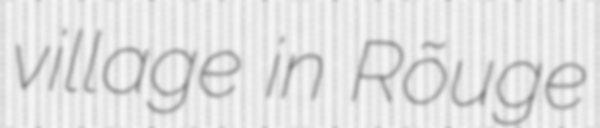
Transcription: village in Rõuge